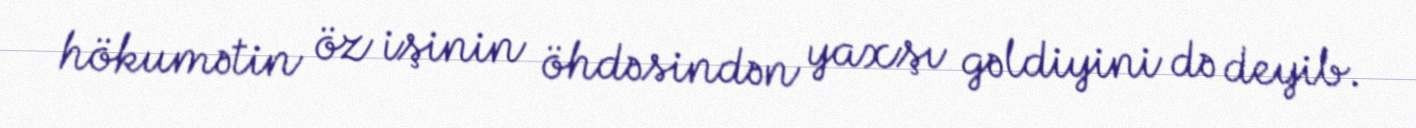
hökumətin öz işinin öhdəsindən yaxşı gəldiyini də deyib.